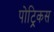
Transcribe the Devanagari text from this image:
पोट्रिकस